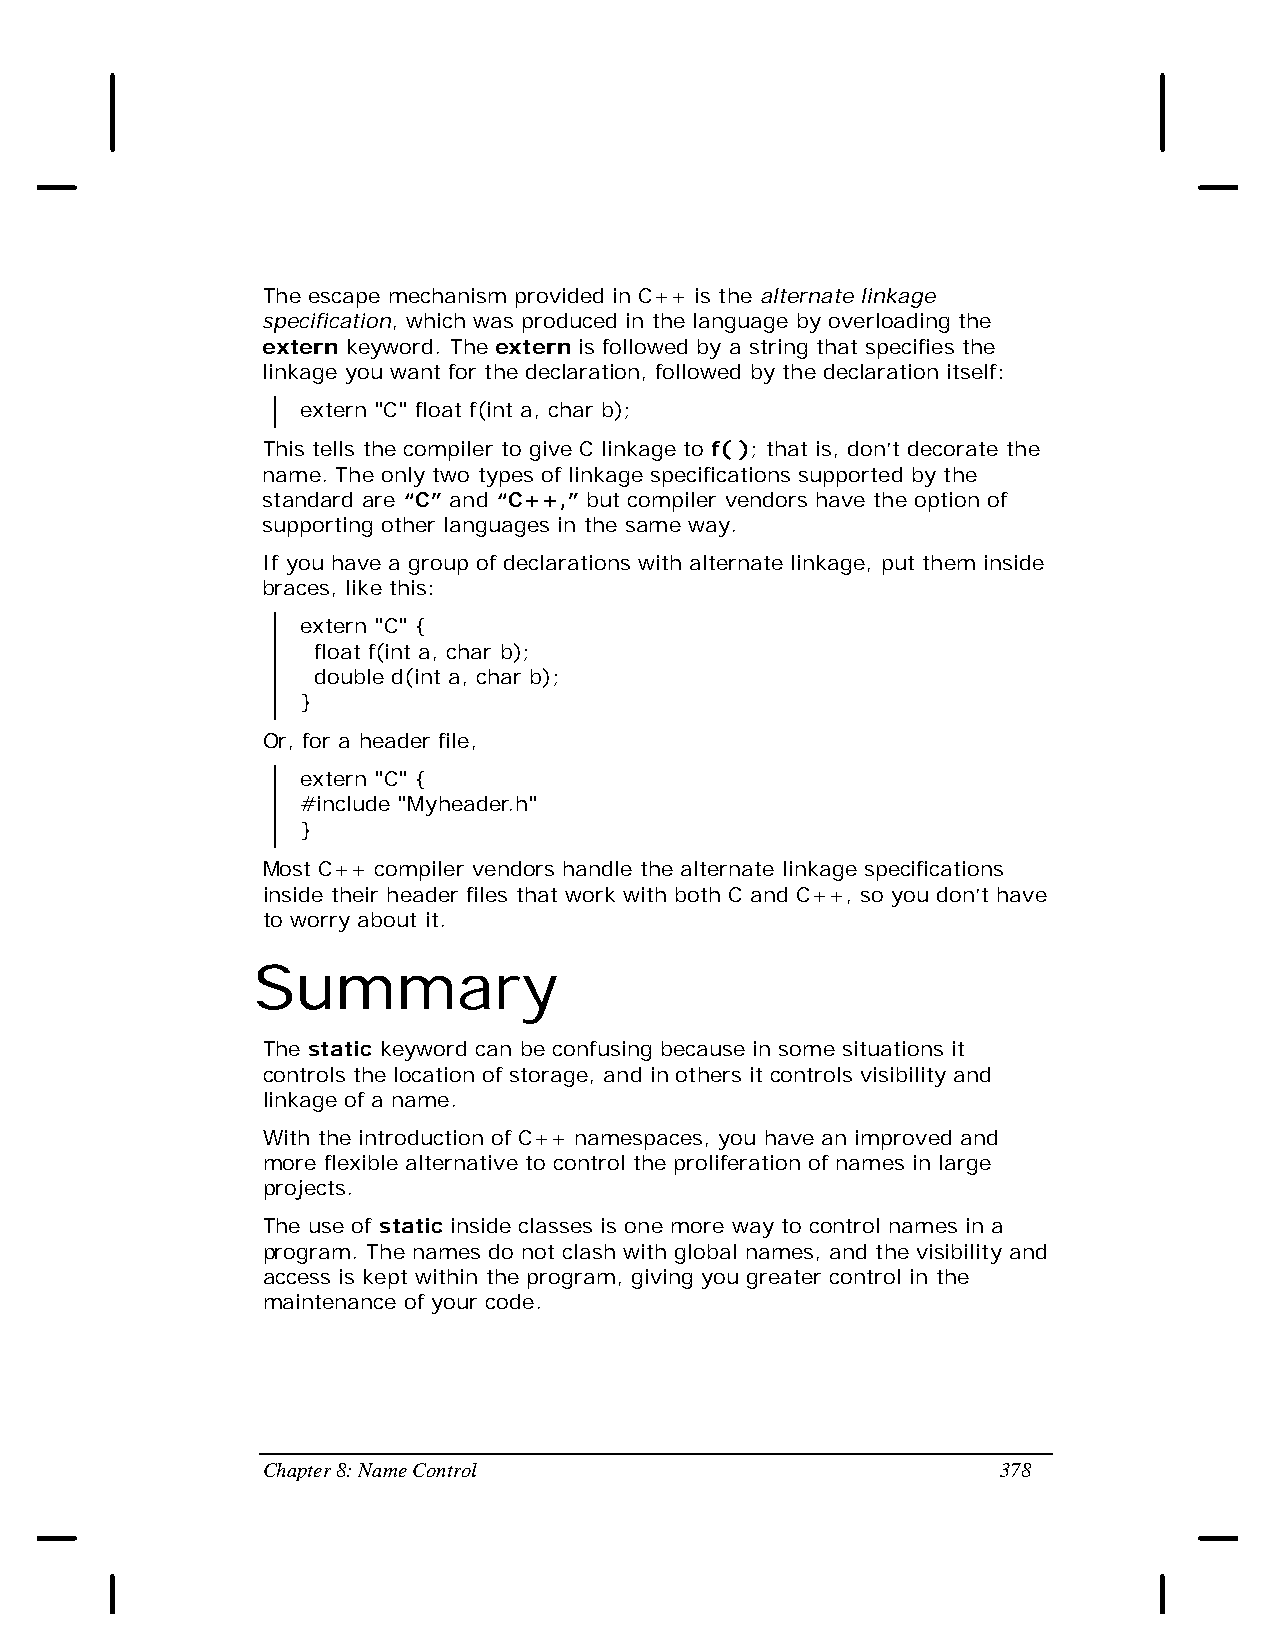
The escape mechanism provided in C++ is the alternate linkage
 specification, which was produced in the language by overloading the
 extern keyword. The extern is followed by a string that specifies the
 linkage you want for the declaration, followed by the declaration itself:
 extern "C" float f(int a, char b);
 This tells the compiler to give C linkage to f( ); that is, don’t decorate the
 name. The only two types of linkage specifications supported by the
 standard are “C” and “C++,” but compiler vendors have the option of
 supporting other languages in the same way.
 If you have a group of declarations with alternate linkage, put them inside
 braces, like this:
 extern "C" {
 float f(int a, char b);
 double d(int a, char b);
 }
 Or, for a header file,
 extern "C" {
 #include "Myheader.h"
 }
 Most C++ compiler vendors handle the alternate linkage specifications
 inside their header files that work with both C and C++, so you don’t have
 to worry about it.
 Summary
 The static keyword can be confusing because in some situations it
 controls the location of storage, and in others it controls visibility and
 linkage of a name.
 With the introduction of C++ namespaces, you have an improved and
 more flexible alternative to control the proliferation of names in large
 projects.
 The use of static inside classes is one more way to control names in a
 program. The names do not clash with global names, and the visibility and
 access is kept within the program, giving you greater control in the
 maintenance of your code.
 Chapter 8: Name Control                          378